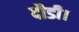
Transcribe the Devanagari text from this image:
दौडी।